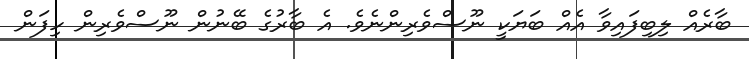
ބާރެއް ލިބިފައިވާ އެއް ބަޔަކީ ނޫސްވެރިންނެވެ. އެ ބާރުގެ ބޭނުން ނޫސްވެރިން ހިފަން